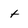
Character: t